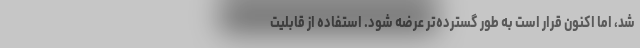
شد، اما اکنون قرار است به طور گسترده‌تر عرضه شود. استفاده از قابلیت